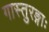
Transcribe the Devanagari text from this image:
गास्तुरङ्गाः